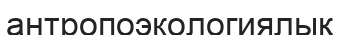
антропоэкологиялық